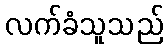
လက်ခံသူသည်